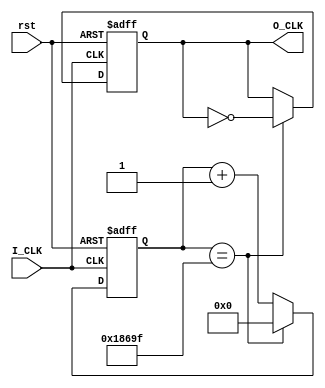
module Divider(
input I_CLK,
input rst,
output reg O_CLK
    );
    
    parameter MAX_HZ=100000;
    
    reg [64:0]i=0;
    initial
    begin
    O_CLK<=0;
    end
    
    always @( posedge I_CLK or posedge rst)
    begin
    
    if(rst==1)
    begin
    i<=0;
    O_CLK<=0;
    end
    
    else if(i==MAX_HZ-1)
    begin
    i<=0;
    O_CLK<=~O_CLK;   
    end
       
    else
    begin
    i<=i+1;
    end

    end

endmodule